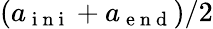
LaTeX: (a_{\mathrm{~i~n~i~}}+a_{\mathrm{~e~n~d~}})/2